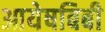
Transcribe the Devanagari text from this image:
आयेषबिबी